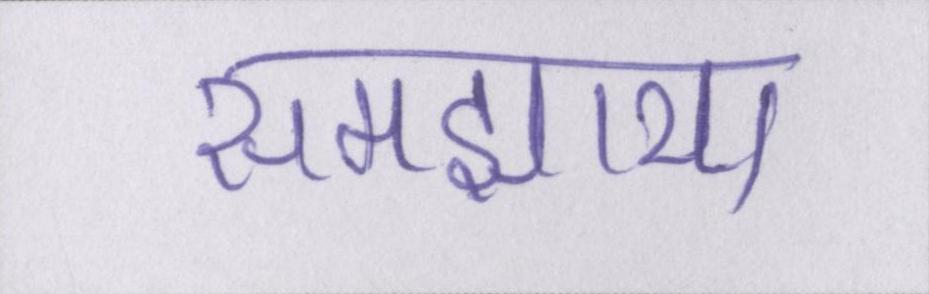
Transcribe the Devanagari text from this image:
समझाया